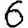
Digit: 6